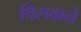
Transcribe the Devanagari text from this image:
पिसवाने